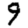
Digit: 9